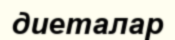
диеталар